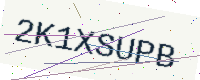
Text: 2K1XSUPB